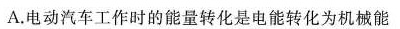
A.电动汽车工作时的能量转化是电能转化为机械能